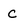
Character: c